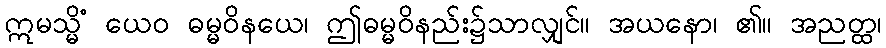
ဣမသ္မိံ ယေဝ ဓမ္မဝိနယေ၊ ဤဓမ္မဝိနည်း၌သာလျှင်။ အယနော၊ ၏။ အညတ္ထ၊